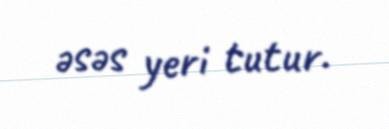
əsəs yeri tutur.